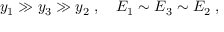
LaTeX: y _ { 1 } \gg y _ { 3 } \gg y _ { 2 } \; , \quad E _ { 1 } \sim E _ { 3 } \sim E _ { 2 } \; ,